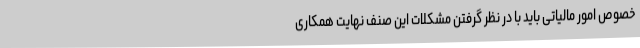
خصوص امور مالیاتی باید با در نظر گرفتن مشکلات این صنف نهایت همکاری